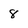
Character: 8